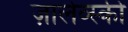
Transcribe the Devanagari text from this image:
ज़ालेव्स्की